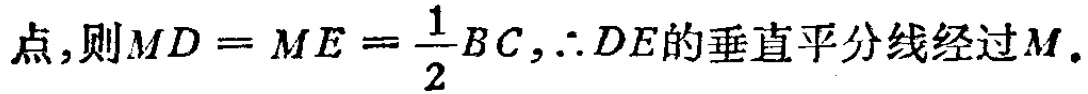
点,则$MD = ME = \frac{1}{2}BC,\therefore DE的垂直平分线经过M.$